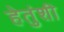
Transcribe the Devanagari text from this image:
हेतुंशी